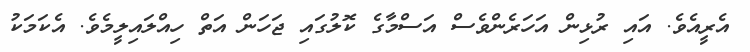
އެރީއެވެ. އައި ރުޅިން އަހަރެންވެސް އަސްމާގެ ކޮލުގައި ޖަހަން އަތް ހިއްލައިލީމެވެ. އެކަމަކު